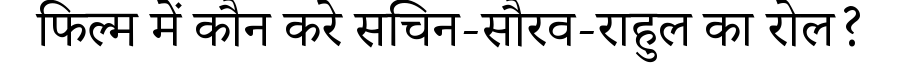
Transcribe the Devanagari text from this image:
फिल्म में कौन करे सचिन-सौरव-राहुल का रोल?